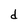
Character: d